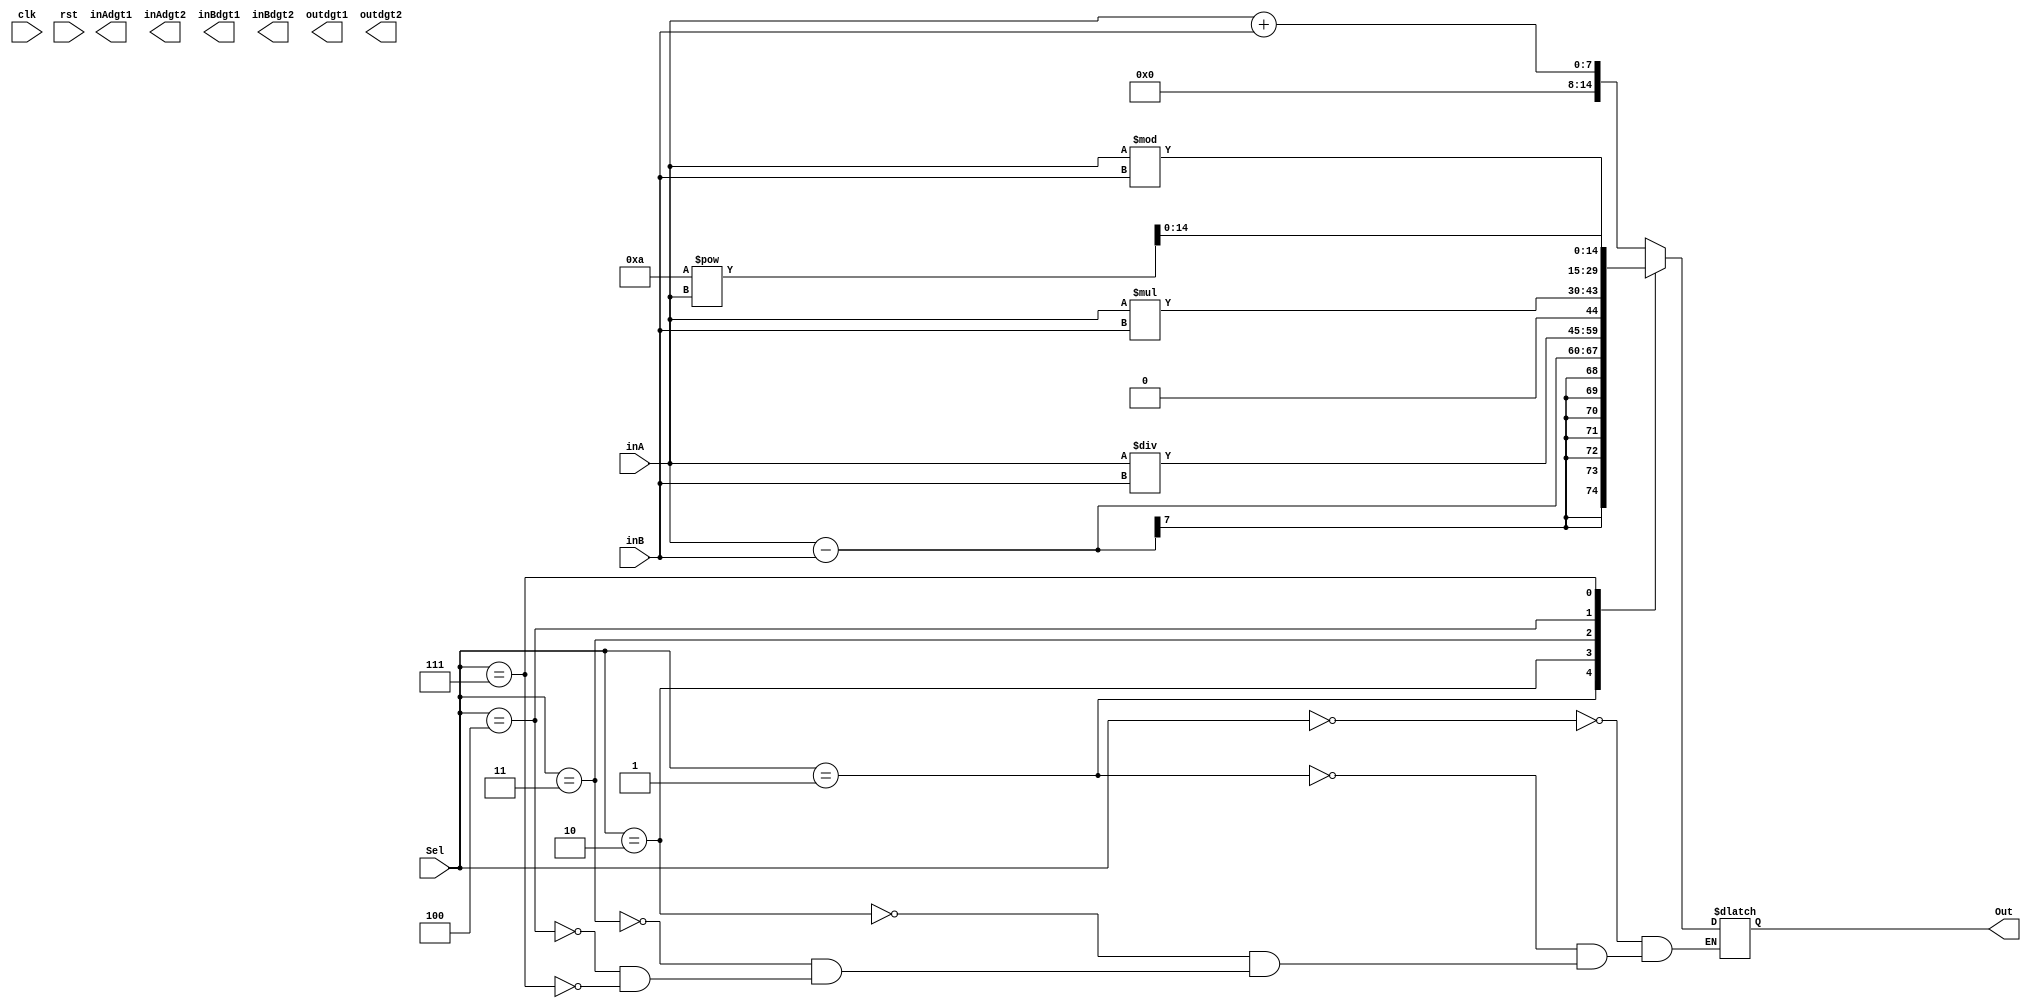
module UAS_kelompok7(
    input [6:0] inA,
    input [6:0] inB,
    input [2:0] Sel,
    input clk,
    input rst,
    output reg [14:0] Out,
    output [6:0] inAdgt1,
    output [6:0] inAdgt2,
    output [6:0] inBdgt1,
    output [6:0] inBdgt2,
    output [6:0] outdgt1,
    output [6:0] outdgt2
);

parameter jumlah = 3'b000;
parameter kurang = 3'b001;
parameter bagi = 3'b010;
parameter kali = 3'b011;
parameter modulo = 3'b100;
parameter cos_degree = 3'b101;
parameter pol = 3'b110;
parameter pangkat = 3'b111;

always @ (clk,rst)
begin
    case(Sel)
        jumlah : begin
            Out = inA + inB;
        end
        kurang : begin
            Out = inA - inB;
        end
        bagi : begin
            Out = inA / inB;
        end
        kali : begin
            Out = inA * inB;
        end
        modulo : begin
            Out = inA % inB;
        end
        pangkat : begin
            Out = 10**inA;
        end
    endcase
end

endmodule